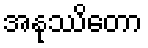
အနုဿိတော